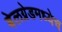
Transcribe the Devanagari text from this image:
बेलग्रेडमध्येच